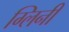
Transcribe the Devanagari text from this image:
ग्लिनी